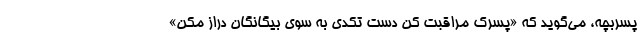
پسربچه، می‌گوید که «پسرک مراقبت کن دست تکدی به سوی بیگانگان دراز مکن»